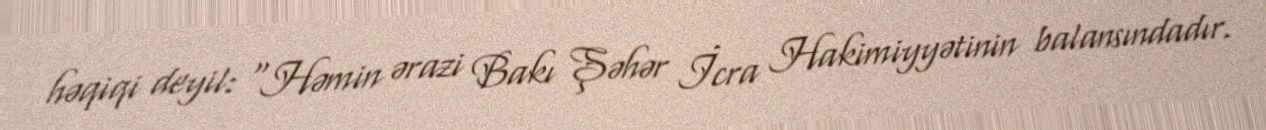
həqiqi deyil: “Həmin ərazi Bakı Şəhər İcra Hakimiyyətinin balansındadır.